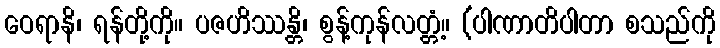
ဝေရာနိ၊ ရန်တို့ကို။ ပဇဟိဿန္တိ၊ စွန့်ကုန်လတ္တံ့။ (ပါဏာတိပါတာ စသည်ကို